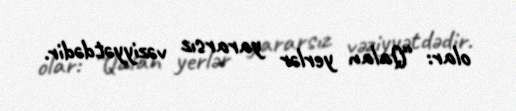
olar: “Qalan yerlər yararsız vəziyyətdədir.